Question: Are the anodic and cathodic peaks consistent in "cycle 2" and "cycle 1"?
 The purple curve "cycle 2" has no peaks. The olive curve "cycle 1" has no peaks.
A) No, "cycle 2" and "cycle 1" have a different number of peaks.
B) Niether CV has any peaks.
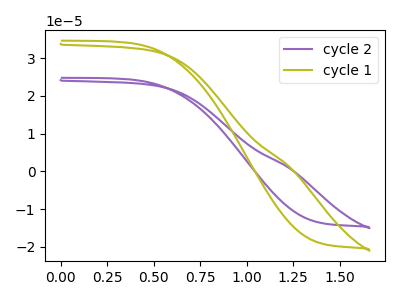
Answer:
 <answer>B) Niether CV has any peaks.</answer>
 <eval>B</eval>